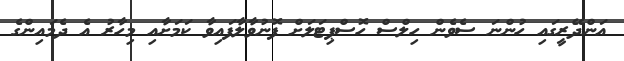
އަންދޭރީގައި ހުންނަ ސެވެން ހިލްސް ހޮސްޕިޓަލަށް ފޮނުވާލާފައިވާ ކަމަށާއި މިހާރު އެ ދެމައިންގެ